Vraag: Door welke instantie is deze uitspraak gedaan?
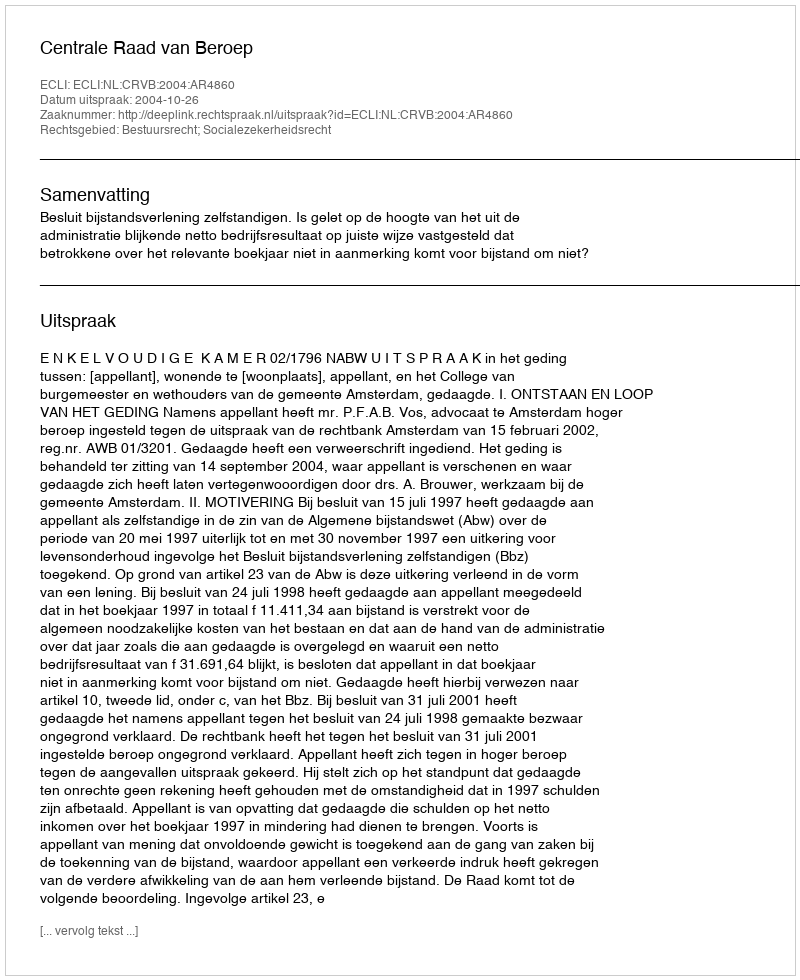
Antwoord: Centrale Raad van Beroep